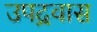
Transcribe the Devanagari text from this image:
उपद्रवास